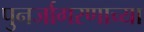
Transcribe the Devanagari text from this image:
पुनर्जागरणाच्या